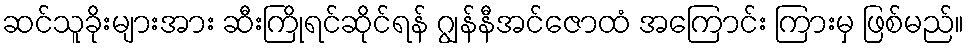
ဆင်သူခိုးများအား ဆီးကြိုရင်ဆိုင်ရန် ဂျွန်နီအင်ဇောထံ အကြောင်း ကြားမှ ဖြစ်မည်။